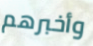
وأخبرهم